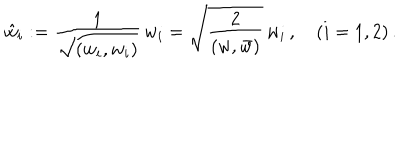
LaTeX: \hat { w } _ { i } : = \frac { 1 } { \sqrt { ( w _ { i } , w _ { i } ) } } \, w _ { i } = \sqrt { \frac { 2 } { ( w , \bar { w } ) } } \, w _ { i } \, , \quad ( i = 1 , 2 ) \, .